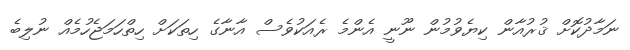
ނަމާދުކޮށް ޤުރުއާން ކިޔެވުމުން ނޫނީ އެންމެ ރެއަކުވެސް އާނާގެ ހިތަކަށް ހިތްހަމަޖެހުމެއް ނުލިބެ